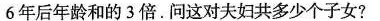
6年后年龄和的3倍.问这对夫妇共多少个子女?